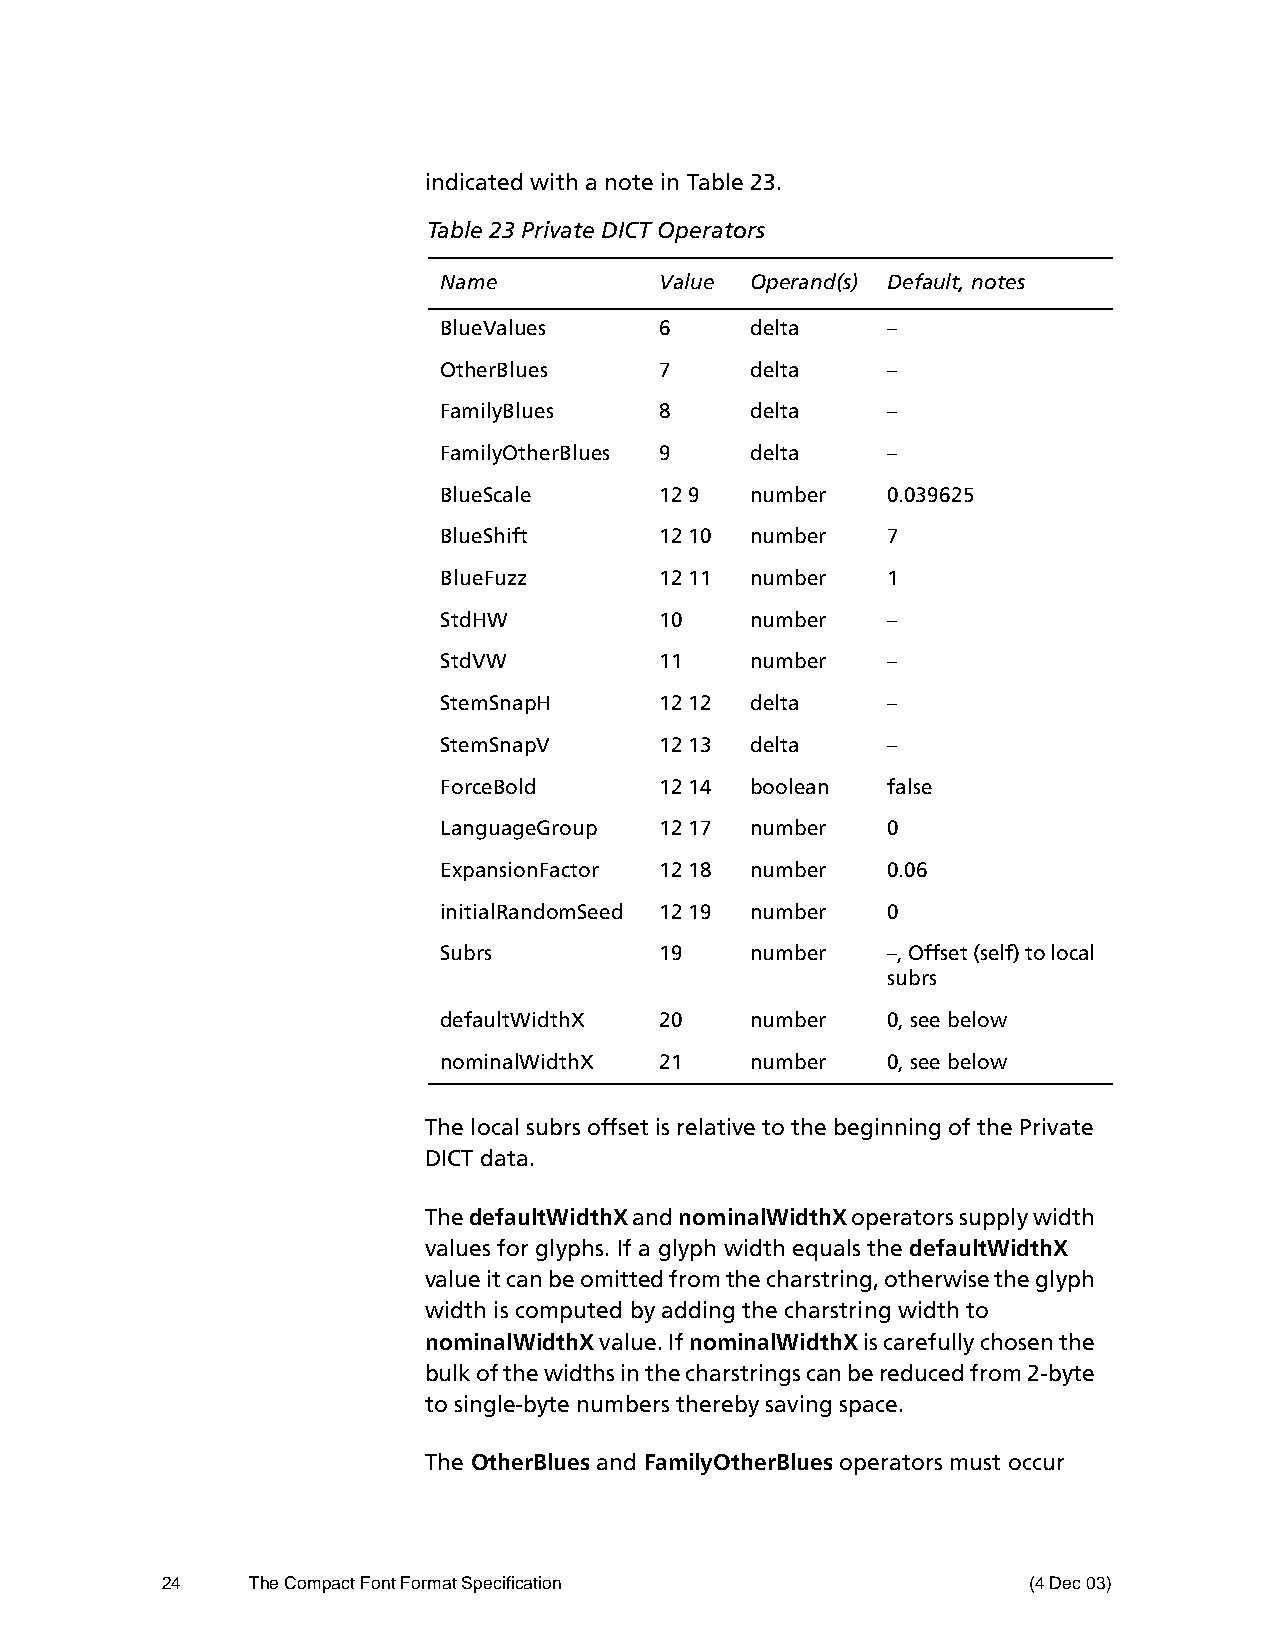
indicated with a note in Table 23.
 Table 23 Private DICT Operators
 Name           Value Operand(s) Default, notes
 BlueValues     6     delta    –
 OtherBlues     7     delta    –
 FamilyBlues    8     delta    –
 FamilyOtherBlues 9   delta    –
 BlueScale      12 9  number   0.039625
 BlueShift      12 10 number   7
 BlueFuzz       12 11 number   1
 StdHW          10    number   –
 StdVW          11    number   –
 StemSnapH      12 12 delta    –
 StemSnapV      12 13 delta    –
 ForceBold      12 14 boolean  false
 LanguageGroup  12 17 number   0
 ExpansionFactor 12 18 number  0.06
 initialRandomSeed 12 19 number 0
 Subrs          19    number   –, Offset (self) to local
 subrs
 defaultWidthX  20    number   0, see below
 nominalWidthX  21    number   0, see below
 The local subrs offset is relative to the beginning of the Private
 DICT data.
 The defaultWidthX and nominalWidthX operators supply width
 values for glyphs. If a glyph width equals the defaultWidthX
 value it can be omitted from the charstring, otherwise the glyph
 width is computed by adding the charstring width to
 nominalWidthX value. If nominalWidthX is carefully chosen the
 bulk of the widths in the charstrings can be reduced from 2-byte
 to single-byte numbers thereby saving space.
 The OtherBlues and FamilyOtherBlues operators must occur
 24    The Compact Font Format Specification              (4 Dec 03)